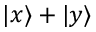
| x \rangle + | y \rangle